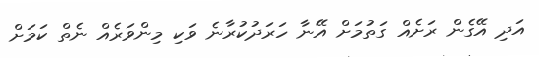
އަދި އޭގެން ރަށެއް ގަތުމަށް އޭނާ ހަރަދުކުރާނެ ވަކި މިންވަރެއް ނެތް ކަމަށް